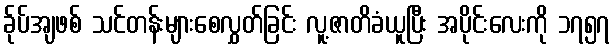
ခ်ုပ်အျဖစ် သင်တန်းများစေလွှတ်ခြင်း လူ့ဇာတိခံယူပြီး အပိုင်းလေးကို ၁၇၅၇